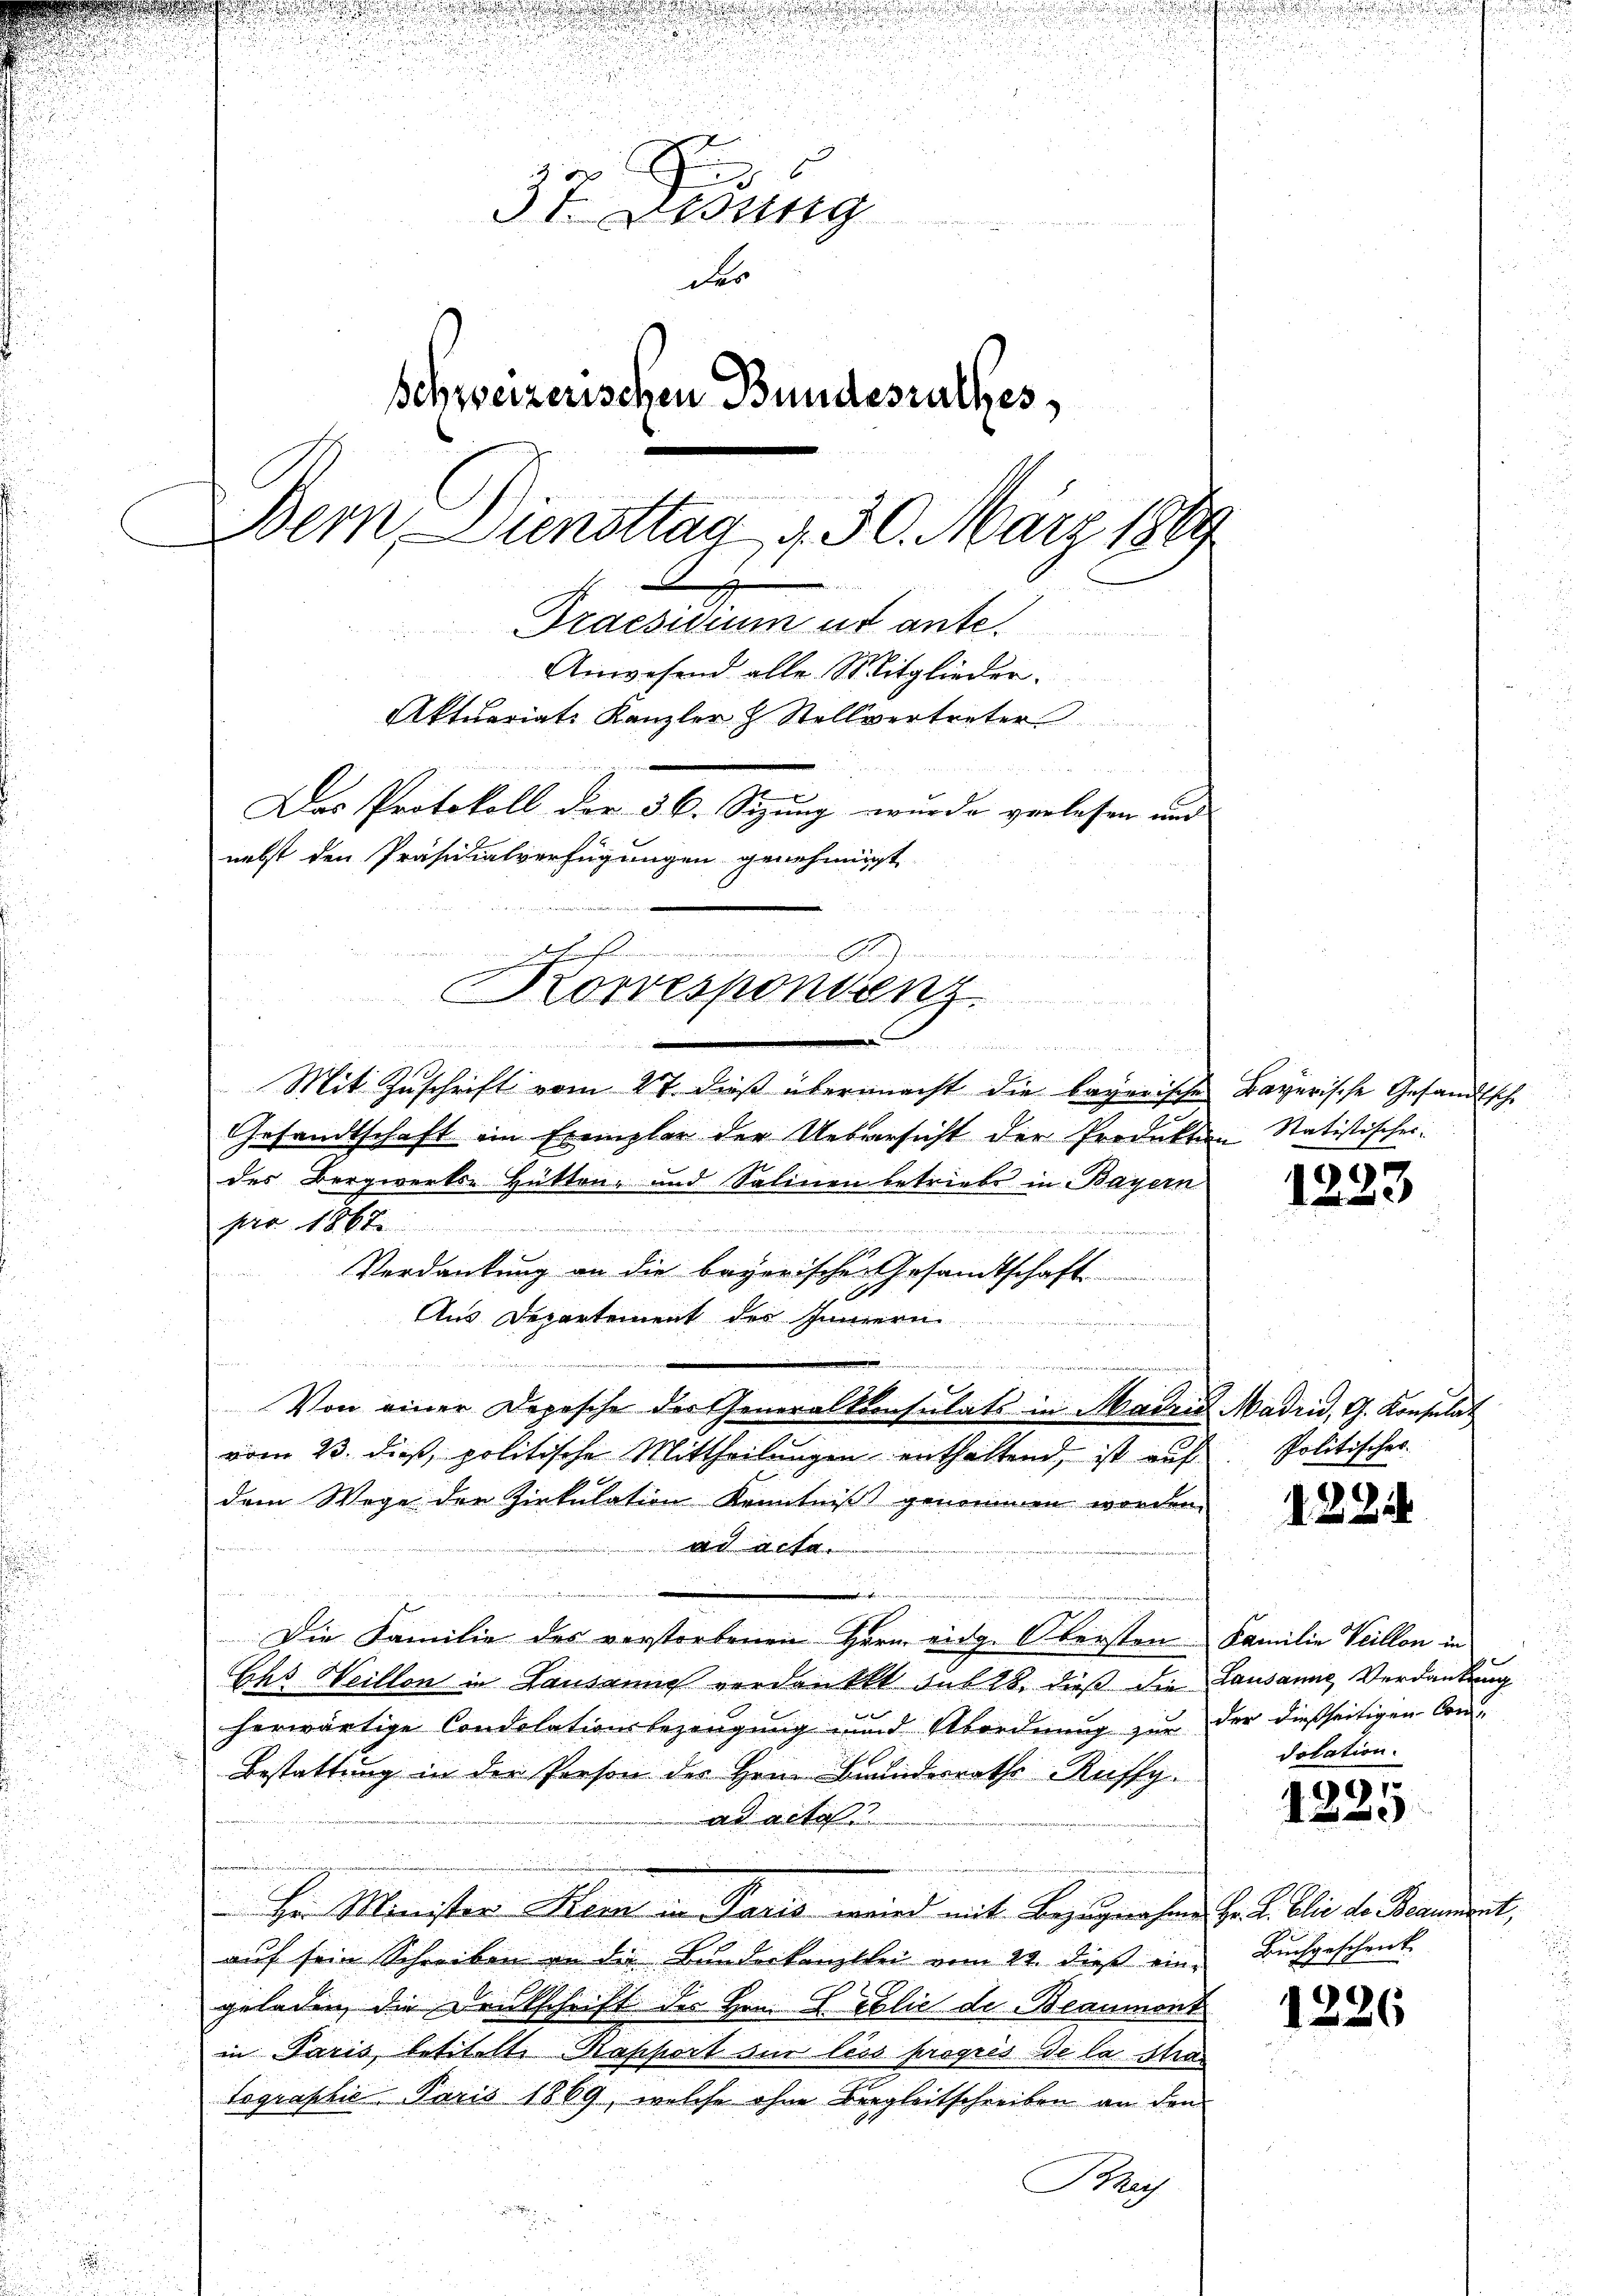
.

u

n

.
.
.
.
37. Desung
des
Schweizerischen Bundesrathes,
Bern Diensttag 430. März 1864
Praesiduum ut ante
Anwesend alle Mitglieder.
Aktuariats Kanzler & Stellvertreter
Das Protokoll der § 6. Sizung wurde verlesen und
nebst den Präsidialverfügungen genehmigt
erchens
Lorrespondenz
n
                            wie ein einer meiner verwarten
Mit Zuschrift vom 27. dieß übermacht die bayerische Bayerische Gesandtsche

Gesandtschaft im Exemplar der Uebersicht der Produkten Statistischer
des Bergwerks- Hütten- und Salinen betriebe in Bayern
pro 1862
e
Verdankung an die bayerische Gesandtschaft
Aus Departement des Innern
e
i
e
Von einer Depesche der Generalkonsulats in Madrid Madrid, G. Konsulat
vom 23. dieß, politische Mittheilungen enthaltend, ist auf
dem Wege der Zirkulation Kenntniß genommen worden.
aad acta

u
Die Familie des verstorbenen Herr eidg. Obersten Familie Veillon in
Ihr Weillon in Lausanne verdankt auf 28 dieß die Lausanne Verdankung
herwärtige Condolationsbezeugung und Abordnung zur der dießseitigen Con¬
Bestattung in der Person des Herr Bundesrathes Ruffy.
ad acto
e
Hr Minister Kern in Paris wird mit Bezugnahme Hr. K. blie de Baument,
auf sein Schreiben an die Bunderkanzlei vom 24. dieß eingeladen, die Drukschrift der Hrn. F. Ablie de Beaumont
in Paris, betitelt Rapport sur less progrés de la stra
tographie Paris 1869, welche ohne Bergleitschreiben an den
Bach

1223

Politisches.

1221

dotation.

e
125.

Buchgeschenk

1226